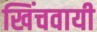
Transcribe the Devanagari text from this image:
खिंचवायी